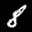
Label: 8